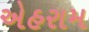
એહરામ